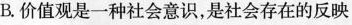
B.价值观是一种社会意识，是社会存在的反映